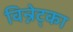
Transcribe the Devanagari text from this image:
विन्नेट्का